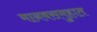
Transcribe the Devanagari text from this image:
मानवसमुहात